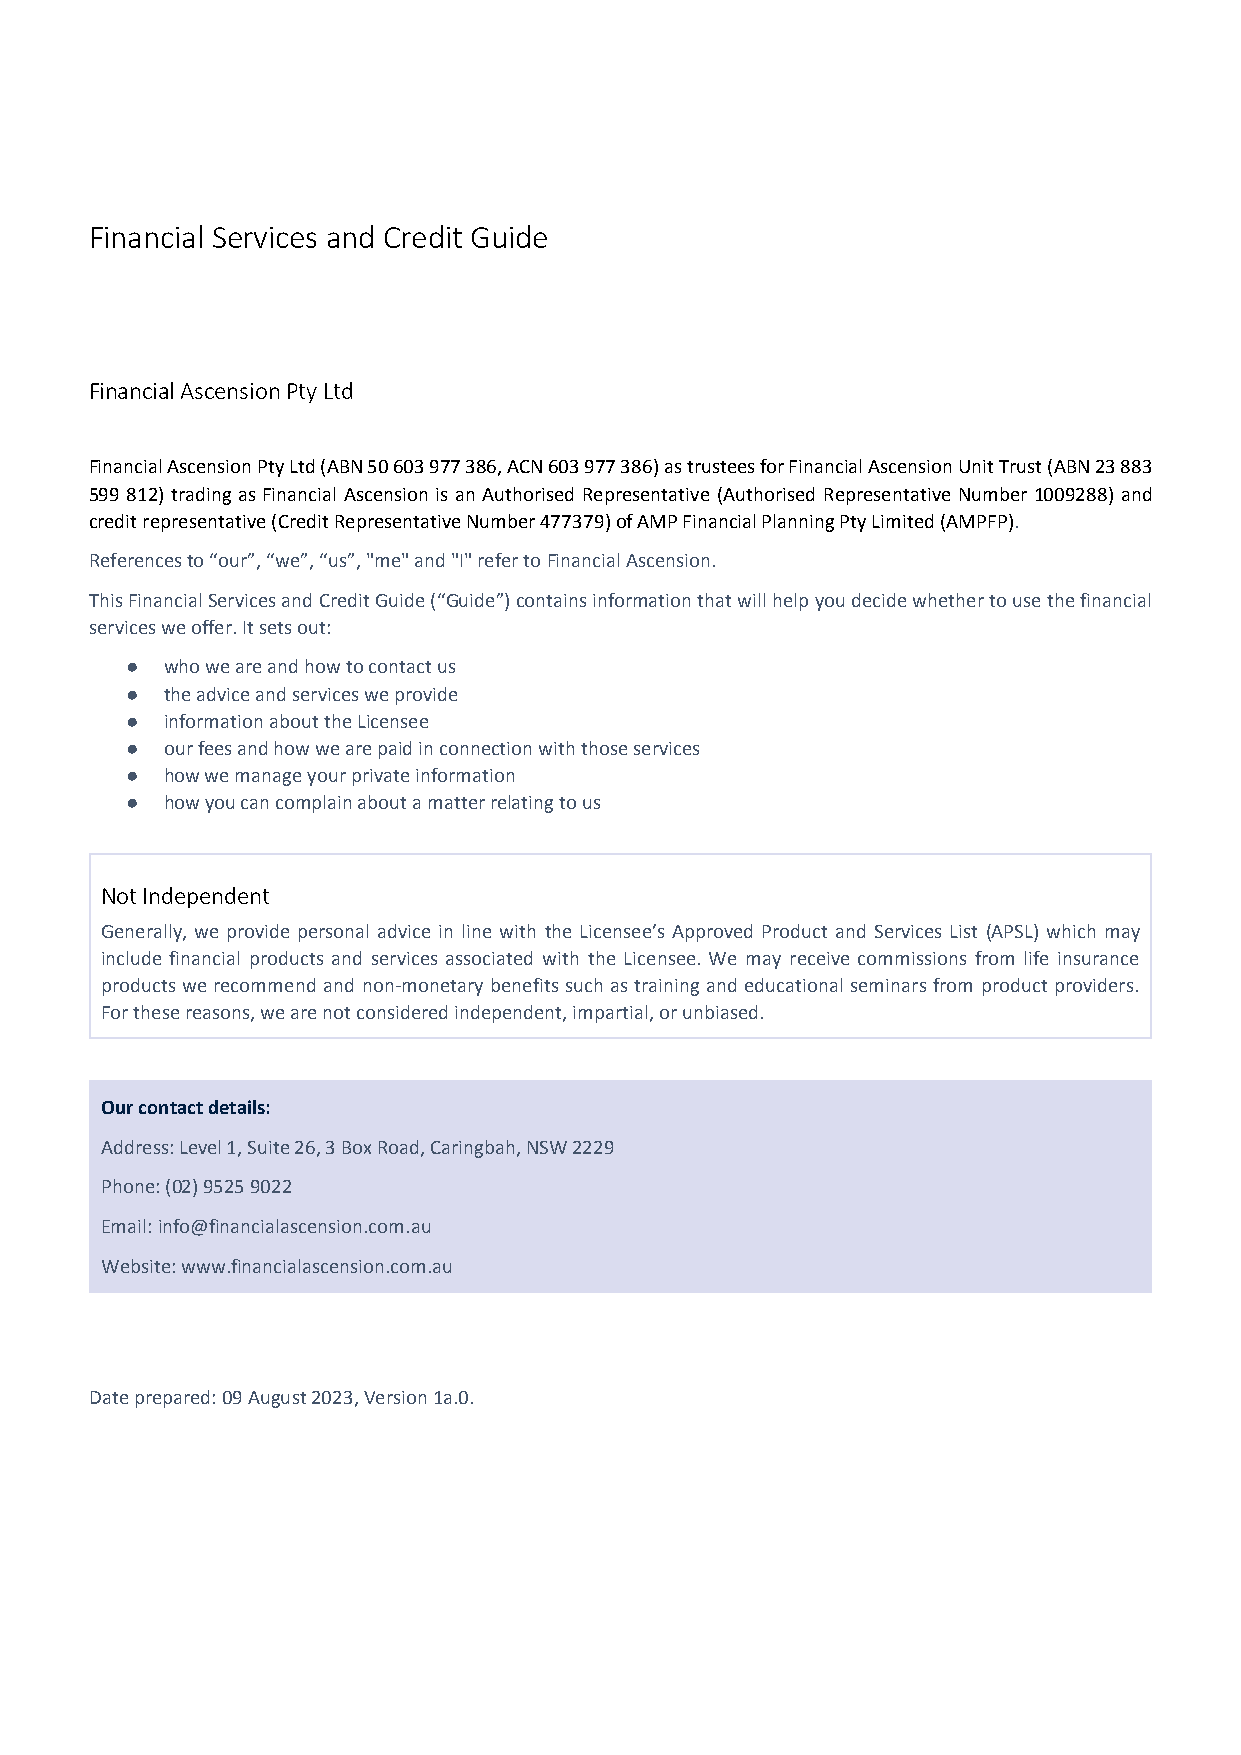
Financial Services and Credit Guide
 Financial AscensionPty Ltd
 Financial Ascension Pty Ltd(ABN 50 603 977 386, ACN 603 977 386) as trustees for Financial Ascension Unit Trust(ABN23 883
 599 812) trading as Financial Ascension is an Authorised Representative (Authorised Representative Number 1009288) and
 credit representative(Credit Representative Number 477379)of AMP Financial Planning Pty Limited(AMPFP).
 References to “our”, “we”, “us”, "me" and "I" refer toFinancial Ascension.
 ThisFinancialServices andCreditGuide (“Guide”)contains information that will help you decide whether to use the financial
 services we offer. It sets out:
 ●  who we are and howto contact us
 ●  the advice and services we provide
 ●  information aboutthe Licensee
 ●  our fees and how we are paid in connection with those services
 ●  how we manage your private information
 ●  how you can complain about a matter relating to us
 Not Independent
 Generally, we provide personal advice in line with the Licensee’s Approved Product and Services List (APSL) which may
 include financial products and services associated with the Licensee. We may receive commissions from life insurance
 products we recommend and non-monetary benefits such as training and educational seminars from product providers.
 For these reasons, we are not considered independent, impartial, or unbiased.
 Our contact details:
 Address:Level 1, Suite 26, 3 Box Road, Caringbah, NSW 2229
 Phone:(02) 9525 9022
 Email:info@financialascension.com.au
 Website:www.financialascension.com.au
 Dateprepared:09 August2023,Version1a.0.